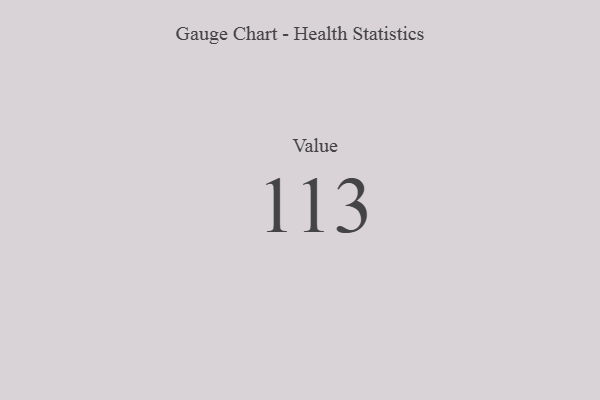
{"axis": {"x": "Metric", "y": "Value"}, "legend": [""], "data": [{"x": "Value", "y": 113, "type": ""}]}